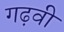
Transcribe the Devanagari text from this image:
गढ़वी